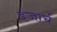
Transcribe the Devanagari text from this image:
इंजार्च